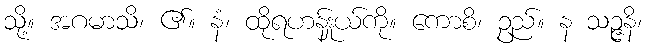
သို့။ အဂမာသိ၊ ၏။ နံ၊ ထိုရဟန်းှုယ်ကို။ ကောစိ၊ ဥည်။ န သဉ္ဇနိ၊